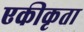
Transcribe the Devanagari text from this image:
एकीकृता